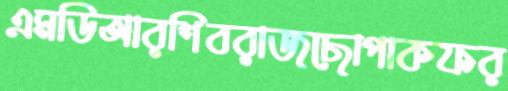
এমডিআরশিবরাজছোপাকফর